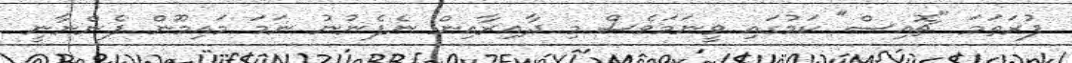
ފުރަތަމަ "ޗޮއިސް" ކަމުގައި ވީނަމަވެސް މި ދާއިރާއިން ނެފެނުނު ނަމަ މައިމޫން ފެންނާނީ